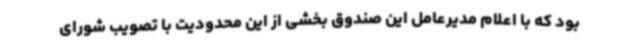
بود که با اعلام مدیرعامل این صندوق بخشی از این محدودیت با تصویب شورای